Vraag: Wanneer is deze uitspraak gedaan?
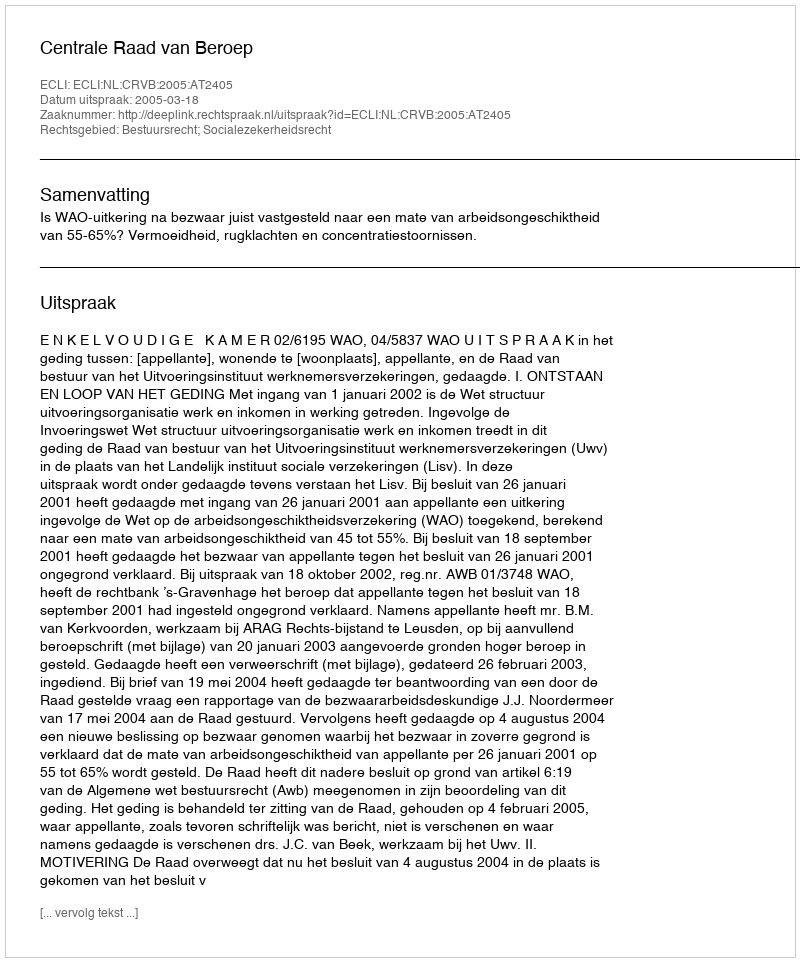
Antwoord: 2005-03-18